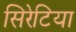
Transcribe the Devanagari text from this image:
सिरेटिया